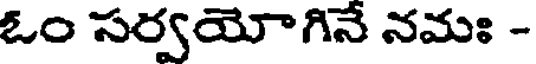
ఓం సర్వయోగినే నమః -